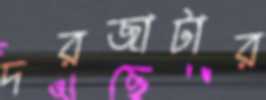
দরজাটার